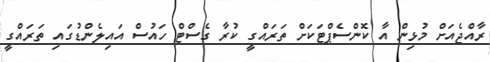
ރާއްޖެއަށް މުޅިން އާ ކޮންސެޕްޓަކަށް ތަރައްގީ ކުރާ ގެސްޓް ހައުސް އައިލެންޑުގައި ތަރައްގީ